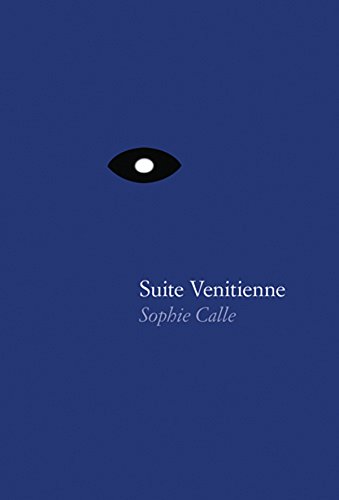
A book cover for Sophie Calle: Suite VÃ©nitienne; Arts & Photography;